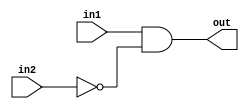
//2022/09/22 
//Another gate
module top_module (
    input in1,
    input in2,
    output out);

assign out = (in1 & (~in2));

endmodule